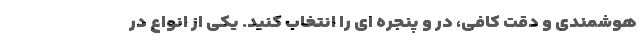
هوشمندی و دقت کافی، در و پنجره ای را انتخاب کنید. یکی از انواع در